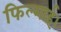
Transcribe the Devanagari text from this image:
फिल्माई।